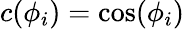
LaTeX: c(\phi_{i})=\cos(\phi_{i})